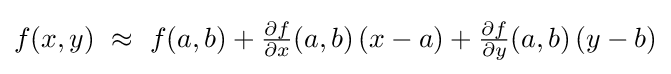
f(x,y)\ \approx \ f(a,b)+{\tfrac {\partial f}{\partial x}}(a,b)\,(x-a)+{\tfrac {\partial f}{\partial y}}(a,b)\,(y-b)